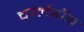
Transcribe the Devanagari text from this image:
चार्लेरॉय